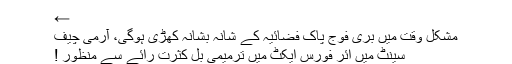
←
مشکل وقت میں بری فوج پاک فضائیہ کے شانہ بشانہ کھڑی ہوگی، آرمی چیف
سینٹ میں ائر فورس ایکٹ میں ترمیمی بل کثرت رائے سے منظور !